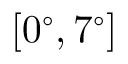
[ 0 ^ { \circ } , 7 ^ { \circ } ]